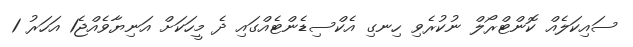
ސައިކަލެއް ކޮންޓްރޯލް ނުކުރެވި ހިނގި އެކްސިޑެންޓެއްގައި ދެ މީހަކަށް އަނިޔާވެއްޖެ1 އަހަރު 1